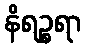
နိရဉ္စရာ